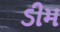
ડીમ